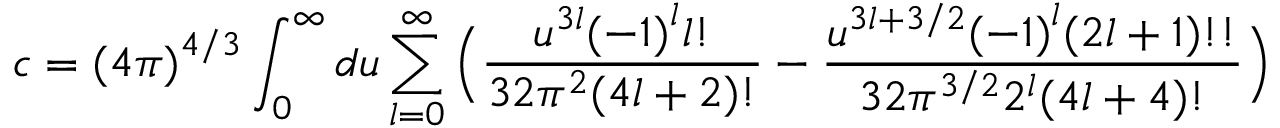
c = { ( 4 \pi ) } ^ { 4 / 3 } \int _ { 0 } ^ { \infty } d u \sum _ { l = 0 } ^ { \infty } \Big ( \frac { u ^ { 3 l } { ( - 1 ) } ^ { l } l ! } { 3 2 \pi ^ { 2 } ( 4 l + 2 ) ! } - \frac { u ^ { 3 l + 3 / 2 } { ( - 1 ) } ^ { l } ( 2 l + 1 ) ! ! } { 3 2 \pi ^ { 3 / 2 } 2 ^ { l } ( 4 l + 4 ) ! } \Big )